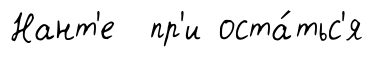
Нант'е пр'и оста́тьс'я